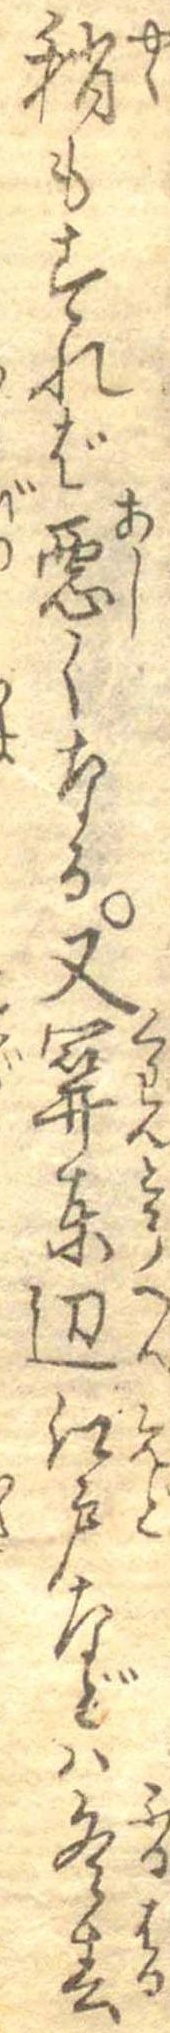
稍もすれば悪くなる又関東辺江戸などは冬春